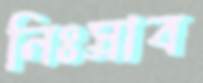
নিঃস্রাব